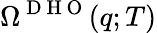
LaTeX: \Omega^{\mathrm{~D~H~O~}}(q;T)